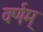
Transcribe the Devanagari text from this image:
वर्णम्